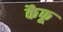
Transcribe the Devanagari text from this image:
कैफू